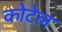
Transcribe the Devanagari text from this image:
कोटेल